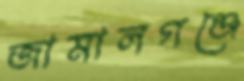
জামালগঞ্জে